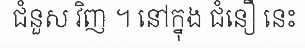
ជំនួស វិញ ។ នៅក្នុង ជំនឿ នេះ